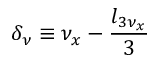
\delta _ { \nu } \equiv \nu _ { x } - \frac { l _ { 3 \nu _ { x } } } { 3 }